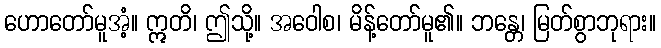
ဟောတော်မူအံ့။ ဣတိ၊ ဤသို့။ အဝေါစ၊ မိန့်တော်မူ၏။ ဘန္တေ၊ မြတ်စွာဘုရား။